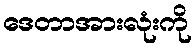
ဒေတာအားလုံးကို